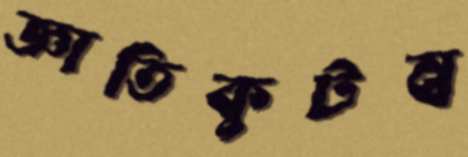
জ্ঞাতিকুটম্ব